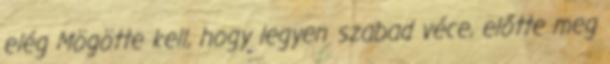
elég Mögötte kell, hogy legyen szabad véce, előtte meg